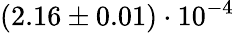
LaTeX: (2.16\pm 0.01)\cdot 10^{-4}